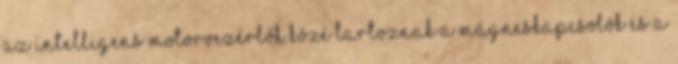
Az intelligens motorvezérlők közé tartoznak a mágneskapcsolók és a